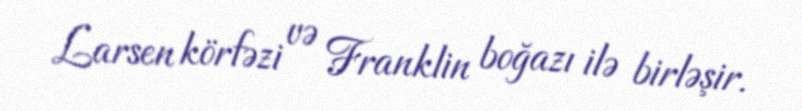
Larsen körfəzi və Franklin boğazı ilə birləşir.